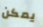
يمكن